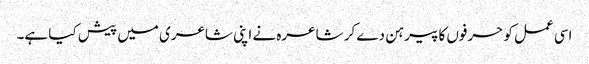
اسی عمل کو حرفوں کا پیرہن دے کر شاعرہ نے اپنی شاعری میں پیش کیا ہے۔